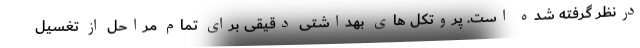
درنظر گرفته شده است. پروتکل های بهداشتی دقیقی برای تمام مراحل از تغسیل